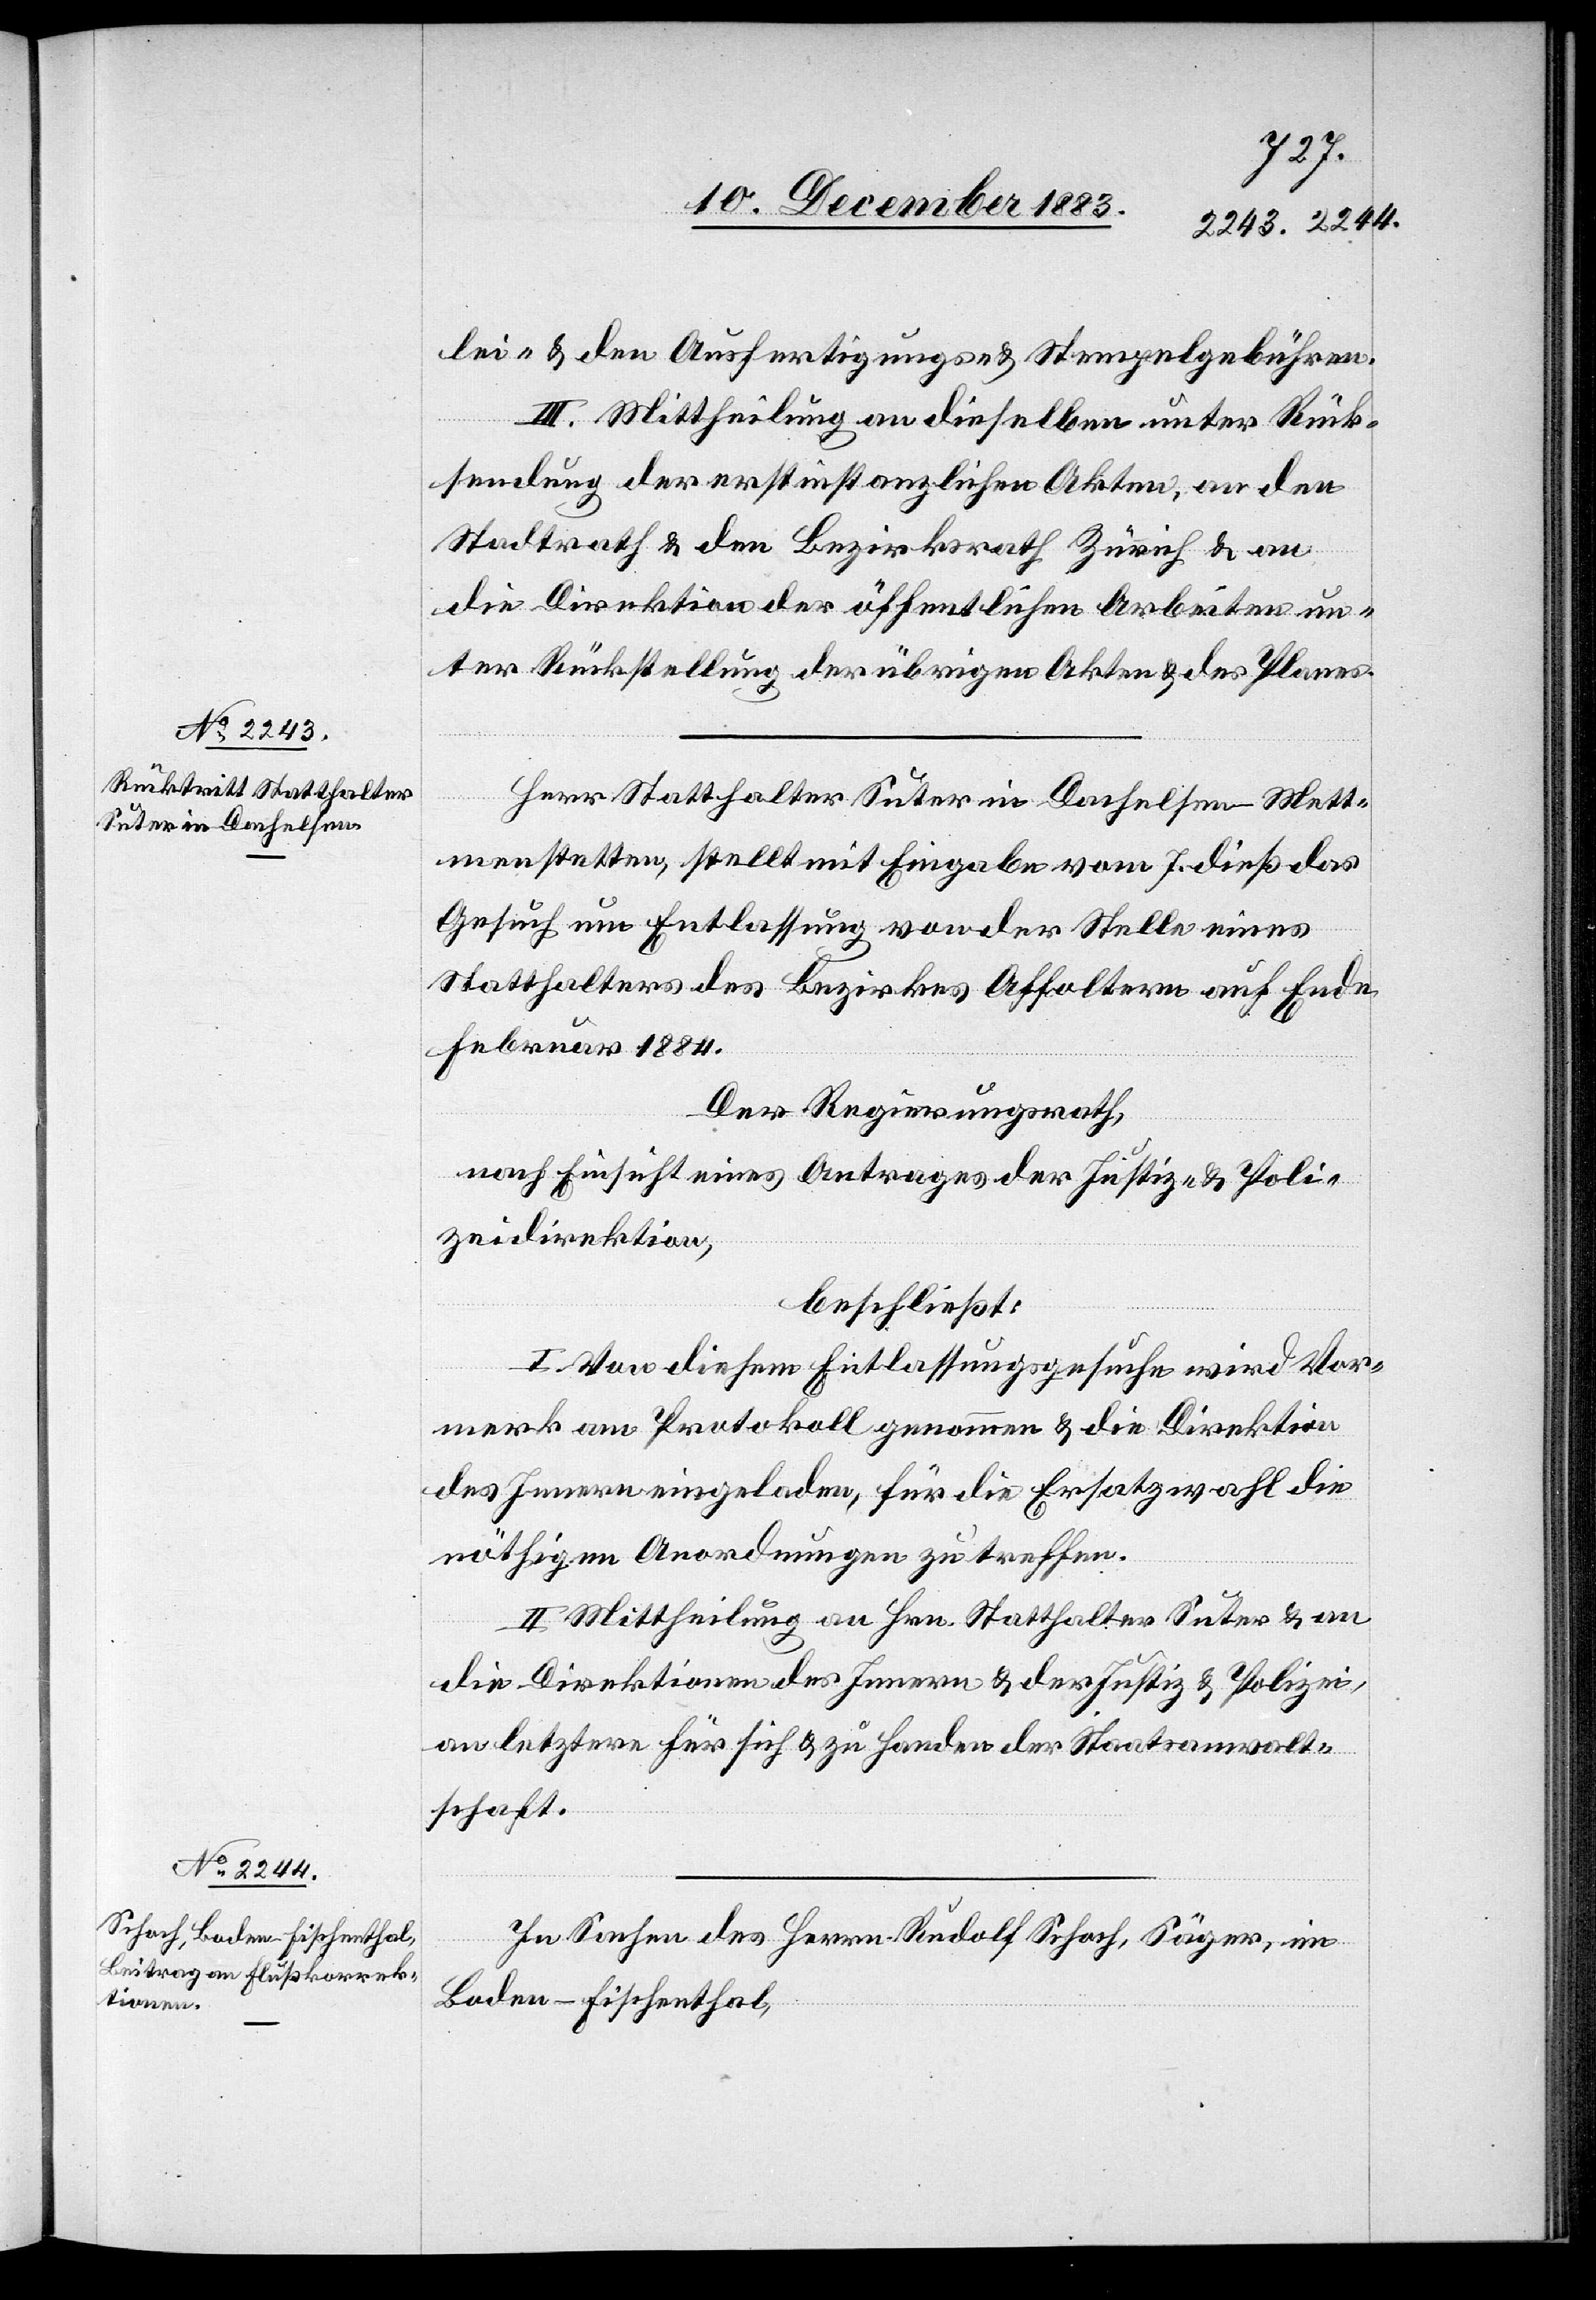
Herr Statthalter Suter in Dachselen - Mett¬
menstetten, stellt mit Eingabe vom 7. dieß das
Gesuch um Entlassung von der Stelle eines
Statthalters des Bezirkes Affoltern auf Ende
Februar 1884.
Der Regierungsrath,
nach Einsicht eines Antrages der Justiz- & Poli¬
zeidirektion,
beschließt:
I. Von diesem Entlassungsgesuche wird Vor¬
merk am Protokoll genommen & die Direktion
des Innern eingeladen, für die Ersatzwahl die
nöthigen Anordnungen zu treffen.
II. Mittheilung an Hrn. Statthalter Suter & an
die Direktionen des Innern & der Justiz & Polizei,
an letztere für sich & zu Handen der Staatsanwalt¬
schaft.
In Sachen des Herrn Rudolf Schoch, Säger, im
Boden - Fischenthal,